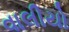
વાલીયો